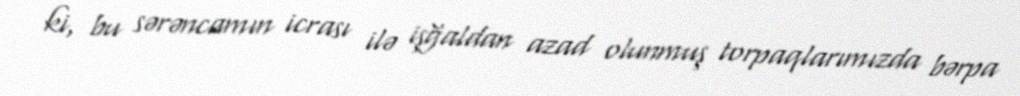
ki, bu sərəncamın icrası ilə işğaldan azad olunmuş torpaqlarımızda bərpa